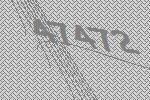
47472